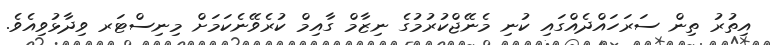
އިތުރު ތިން ސަރަހައްދެއްގައި ކުނި މެނޭޖްކުރުމުގެ ނިޒާމް ގާއިމް ކުރެވޭނެކަމަށް މިނިސްޓަރ ވިދާޅުވިއެވެ.